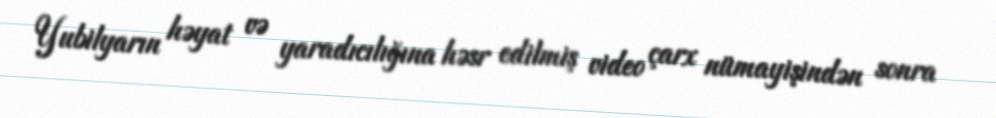
Yubilyarın həyat və yaradıcılığına həsr edilmiş video çarx nümayişindən sonra